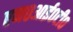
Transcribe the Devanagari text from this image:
एम०आई०टी०